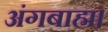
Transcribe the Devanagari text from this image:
अंगबाह्म।